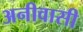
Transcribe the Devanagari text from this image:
अनीवासी